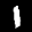
Label: 1